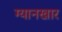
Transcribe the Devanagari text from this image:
ग्यानखार